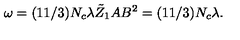
\omega = ( 1 1 / 3 ) N _ { c } \lambda \tilde { Z } _ { 1 } A B ^ { 2 } = ( 1 1 / 3 ) N _ { c } \lambda .